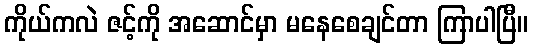
ကိုယ်ကလဲ ဇင့်ကို အဆောင်မှာ မနေစေချင်တာ ကြာပါပြီ။